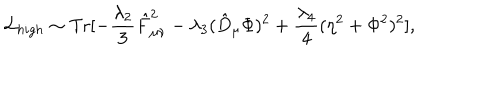
{ \cal L } _ { h i g h } \sim \mathrm { T r } [ - \frac { \lambda _ { 2 } } { 3 } \hat { F } _ { \mu \nu } ^ { 2 } - \lambda _ { 3 } ( \hat { D } _ { \mu } \Phi ) ^ { 2 } + \frac { \lambda _ { 4 } } { 4 } ( \eta ^ { 2 } + \Phi ^ { 2 } ) ^ { 2 } ] ,